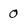
Character: 0